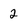
Character: 2